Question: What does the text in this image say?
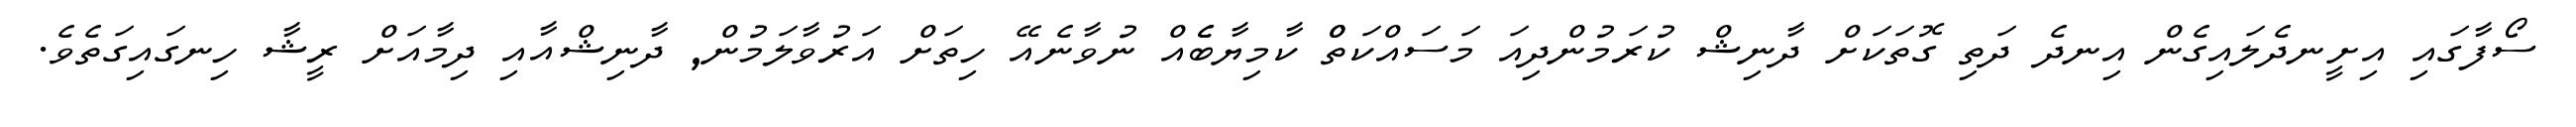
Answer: ސޯފާގައި އިށީނދެލައިގެން އިނދެ ދަތި ގޮތަކަށް ދާނިޝް ކުރަމުންދިއަ މަސައްކަތްް ކާމިޔާބެެއް ނުވާނެއޭ ހިތަށް އަރުވާލަމުން, ދާނިޝްއާއި ދިމާއަށް ރީޝާ ހިނގައިގަތެވެ.